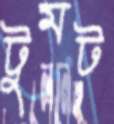
টুমট